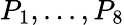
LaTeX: P_{1},...,P_{8}